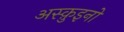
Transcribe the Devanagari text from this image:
अस्क़ुइनो